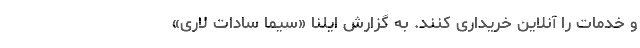
و خدمات را آنلاین خریداری کنند. به گزارش ایلنا «سیما سادات لاری»